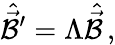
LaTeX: \hat{\vec{\cal B}}{}^{\prime}=\Lambda\hat{\vec{\cal B}}\, ,